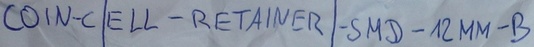
Text: COIN-CELL-RETAINER-SMD-12MM-B